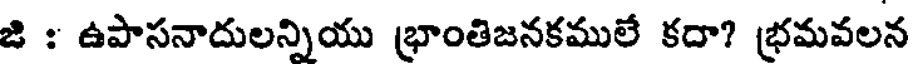
జి : ఉపాసనాదులన్నియు భ్రాంతిజనకములే కదా? భ్రమవలన